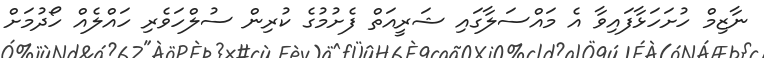
ނާޒިމް ހުށަހަޅާފައިވާ އެ މައްސަލާގައި ޝަރީއަތް ފެށުމުގެ ކުރިން ސުލްހަވެރި ހައްލެއް ހޯދުމަށް